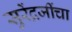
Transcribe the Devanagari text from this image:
सुरेंद्रजींचा